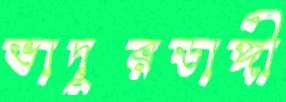
ভাদুরডাঙ্গী